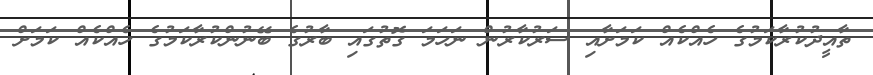
ތާއީދުކުރާކަމުގެ ހެއްކެއް ކަމަށާއި ސަރުކާރުން ނަހަމަ ގޮތުގައި ބާރުގެ ބޭނުންކުރާކަމުގެ ހެއްކެއް ކަމަށް